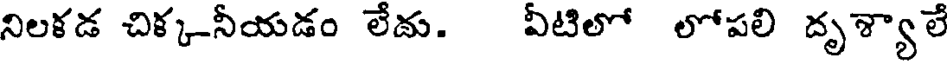
నిలకడ చిక్కనీయడం లేదు. ఏటిలో లోపలి దృశ్యాలే